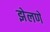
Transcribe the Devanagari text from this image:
झेलणे